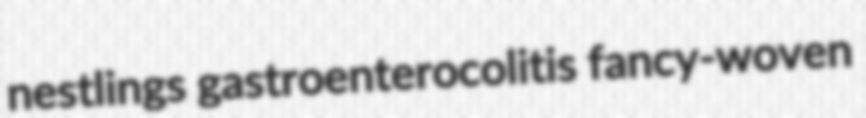
nestlings gastroenterocolitis fancy-woven